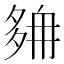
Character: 𡖭